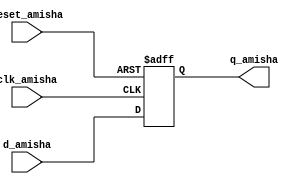
`timescale 1ns / 1ps
//////////////////////////////////////////////////////////////////////////////////
// Company: 
// Engineer: 
// 
// Design Name: 
// Module Name:    reg_reset_Amisha 
// Project Name: 
// Target Devices: 
// Tool versions: 
// Description: 
//
// Dependencies: 
//
// Revision: 
// Revision 0.01 - File Created
// Additional Comments: 
//
//////////////////////////////////////////////////////////////////////////////////
module reg_reset_Amisha(
    input clk_amisha,
    input reset_amisha,
    input [7:0] d_amisha,
    output reg [7:0] q_amisha
    );
	 
	 always @(posedge clk_amisha, posedge reset_amisha)
	 if (reset_amisha)
	 q_amisha <= 0;
	 else
	 q_amisha <= d_amisha;
endmodule